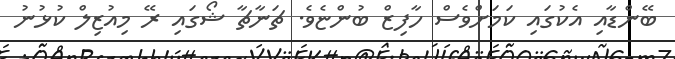
ބޭންޑާއި އެކުގައި ކަމަށްވެސް ހާފިޒް ބުންޏެވެ. ޗަނާޗާ ޝޯގައި ރޭ މިއުޒިލް ކުޅުނު